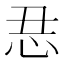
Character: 𱞆